Bréfritari: Sigríður Pálsdóttir
Viðtakandi: Páll Pálsson
Dagsetning: A-1822-01-07
Skrifað á: Hallfreðarstöðum  N-Múl.
Páll var bróðir Sigríðar

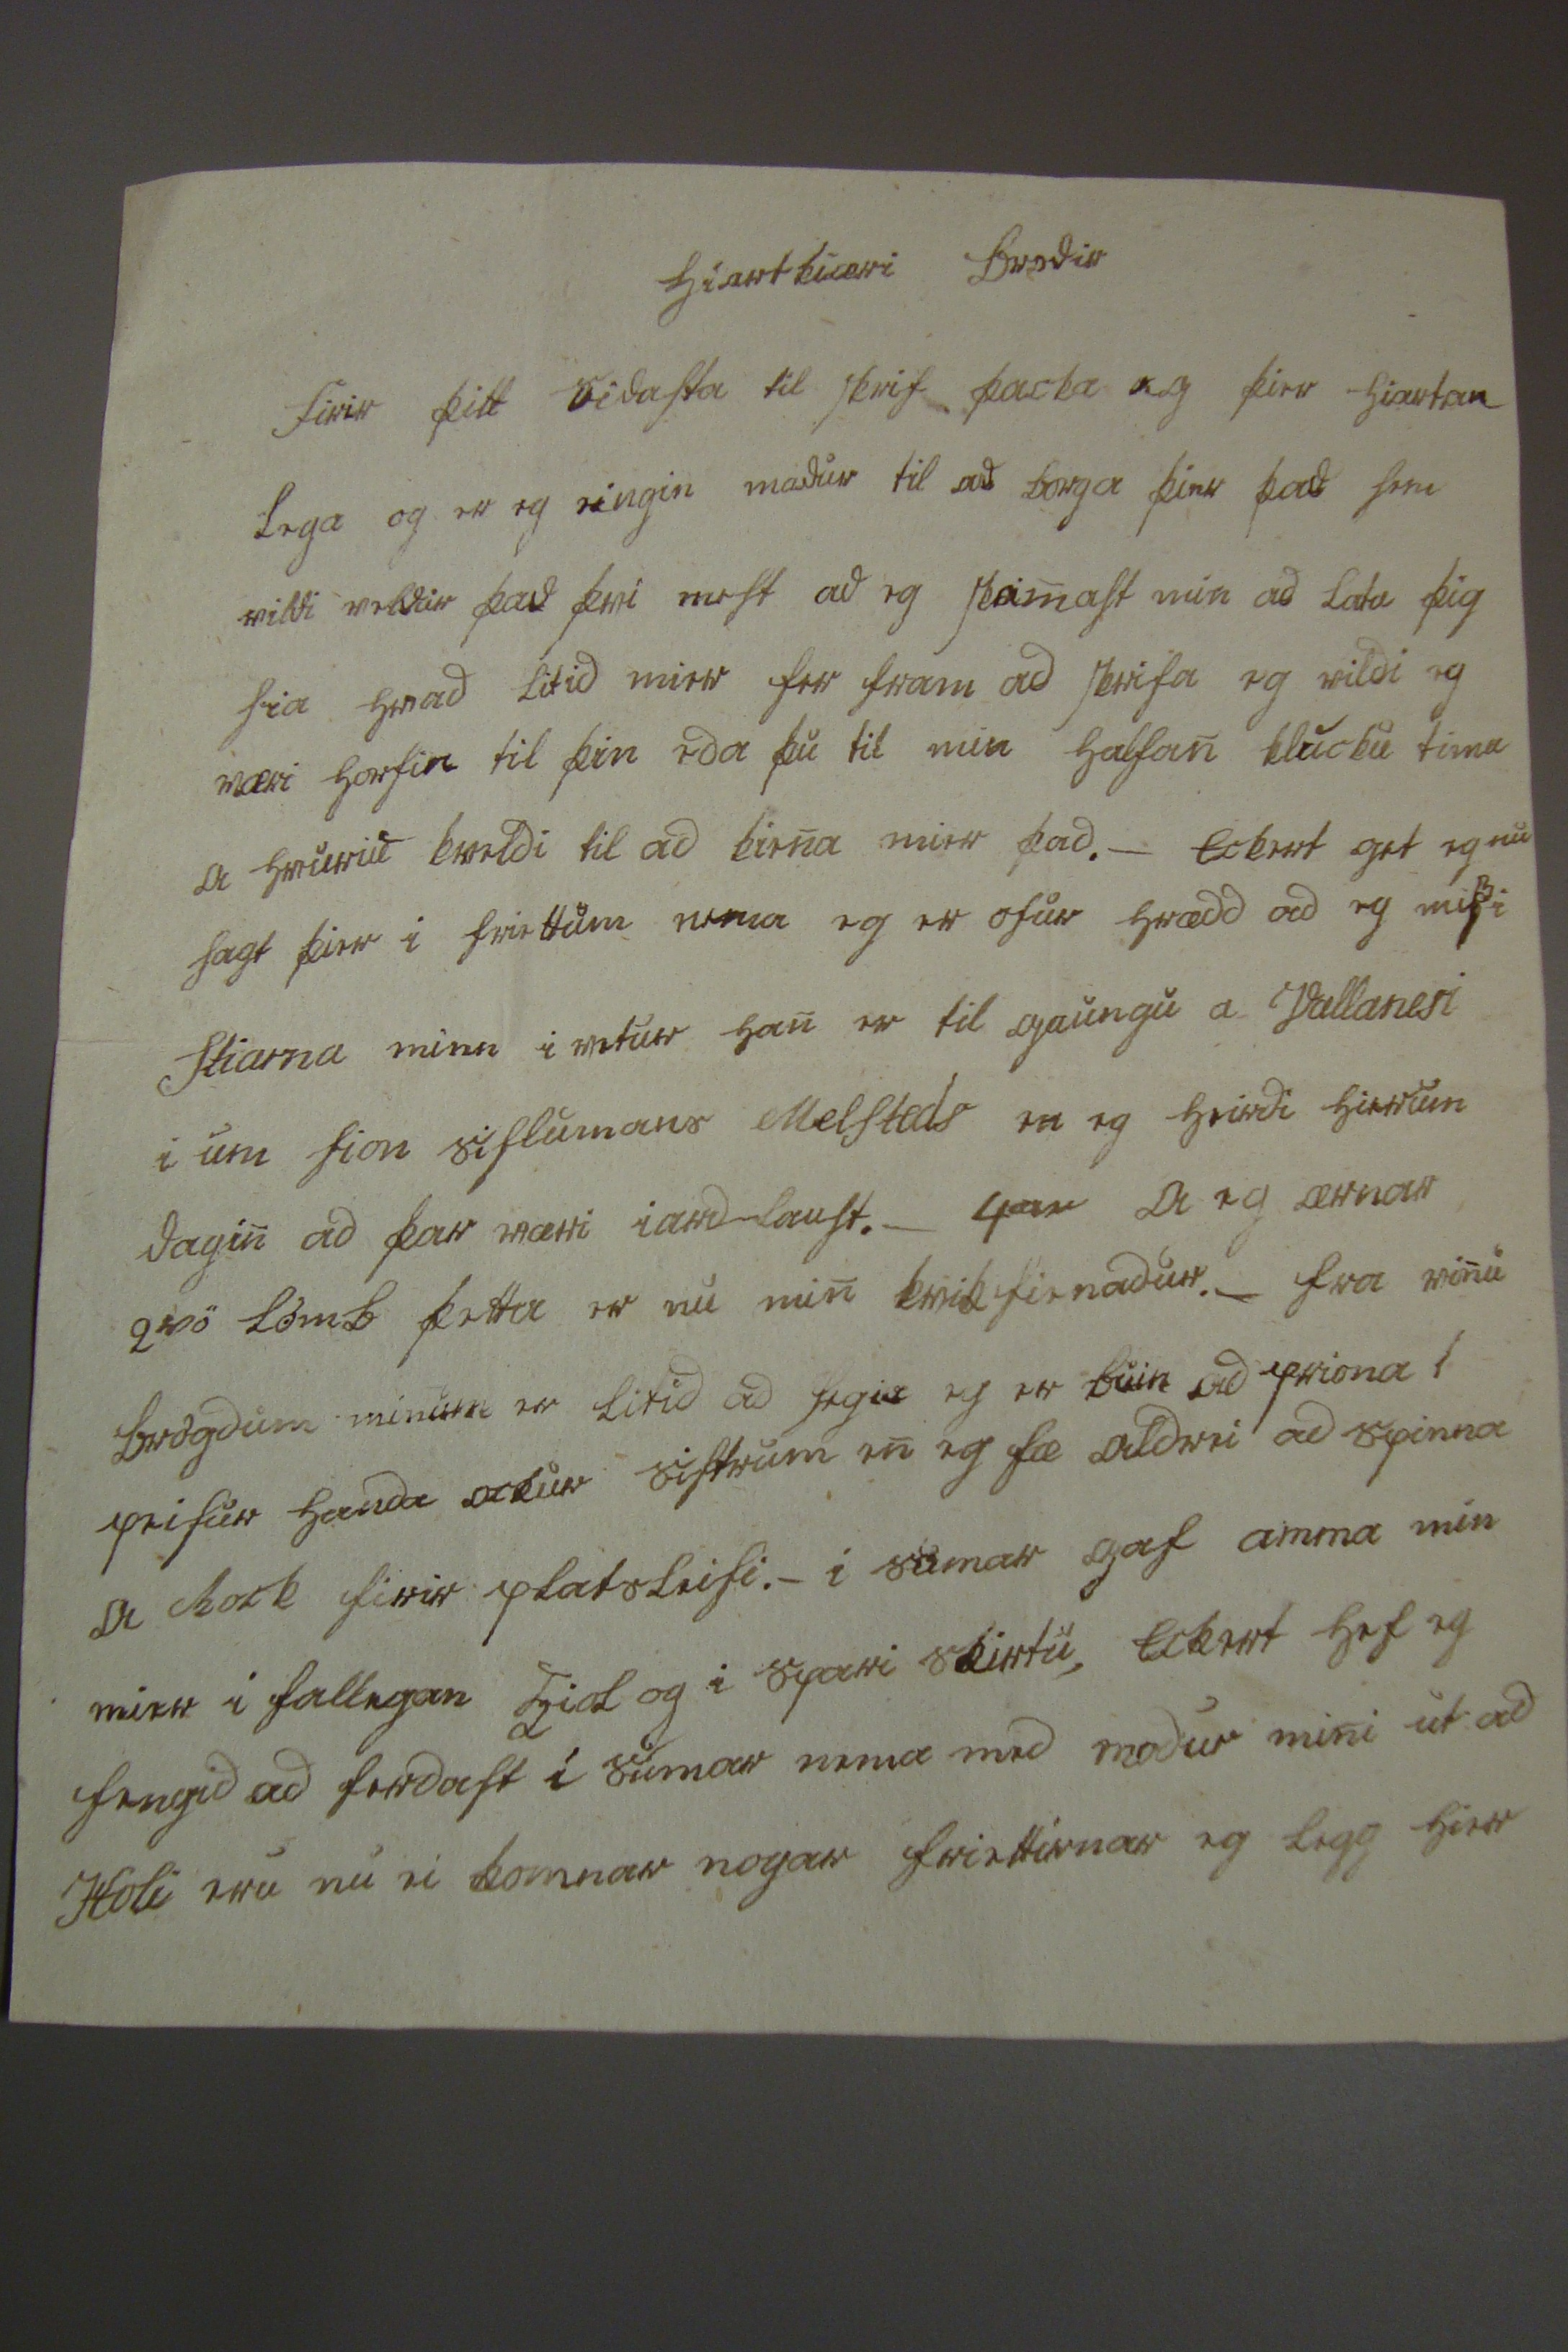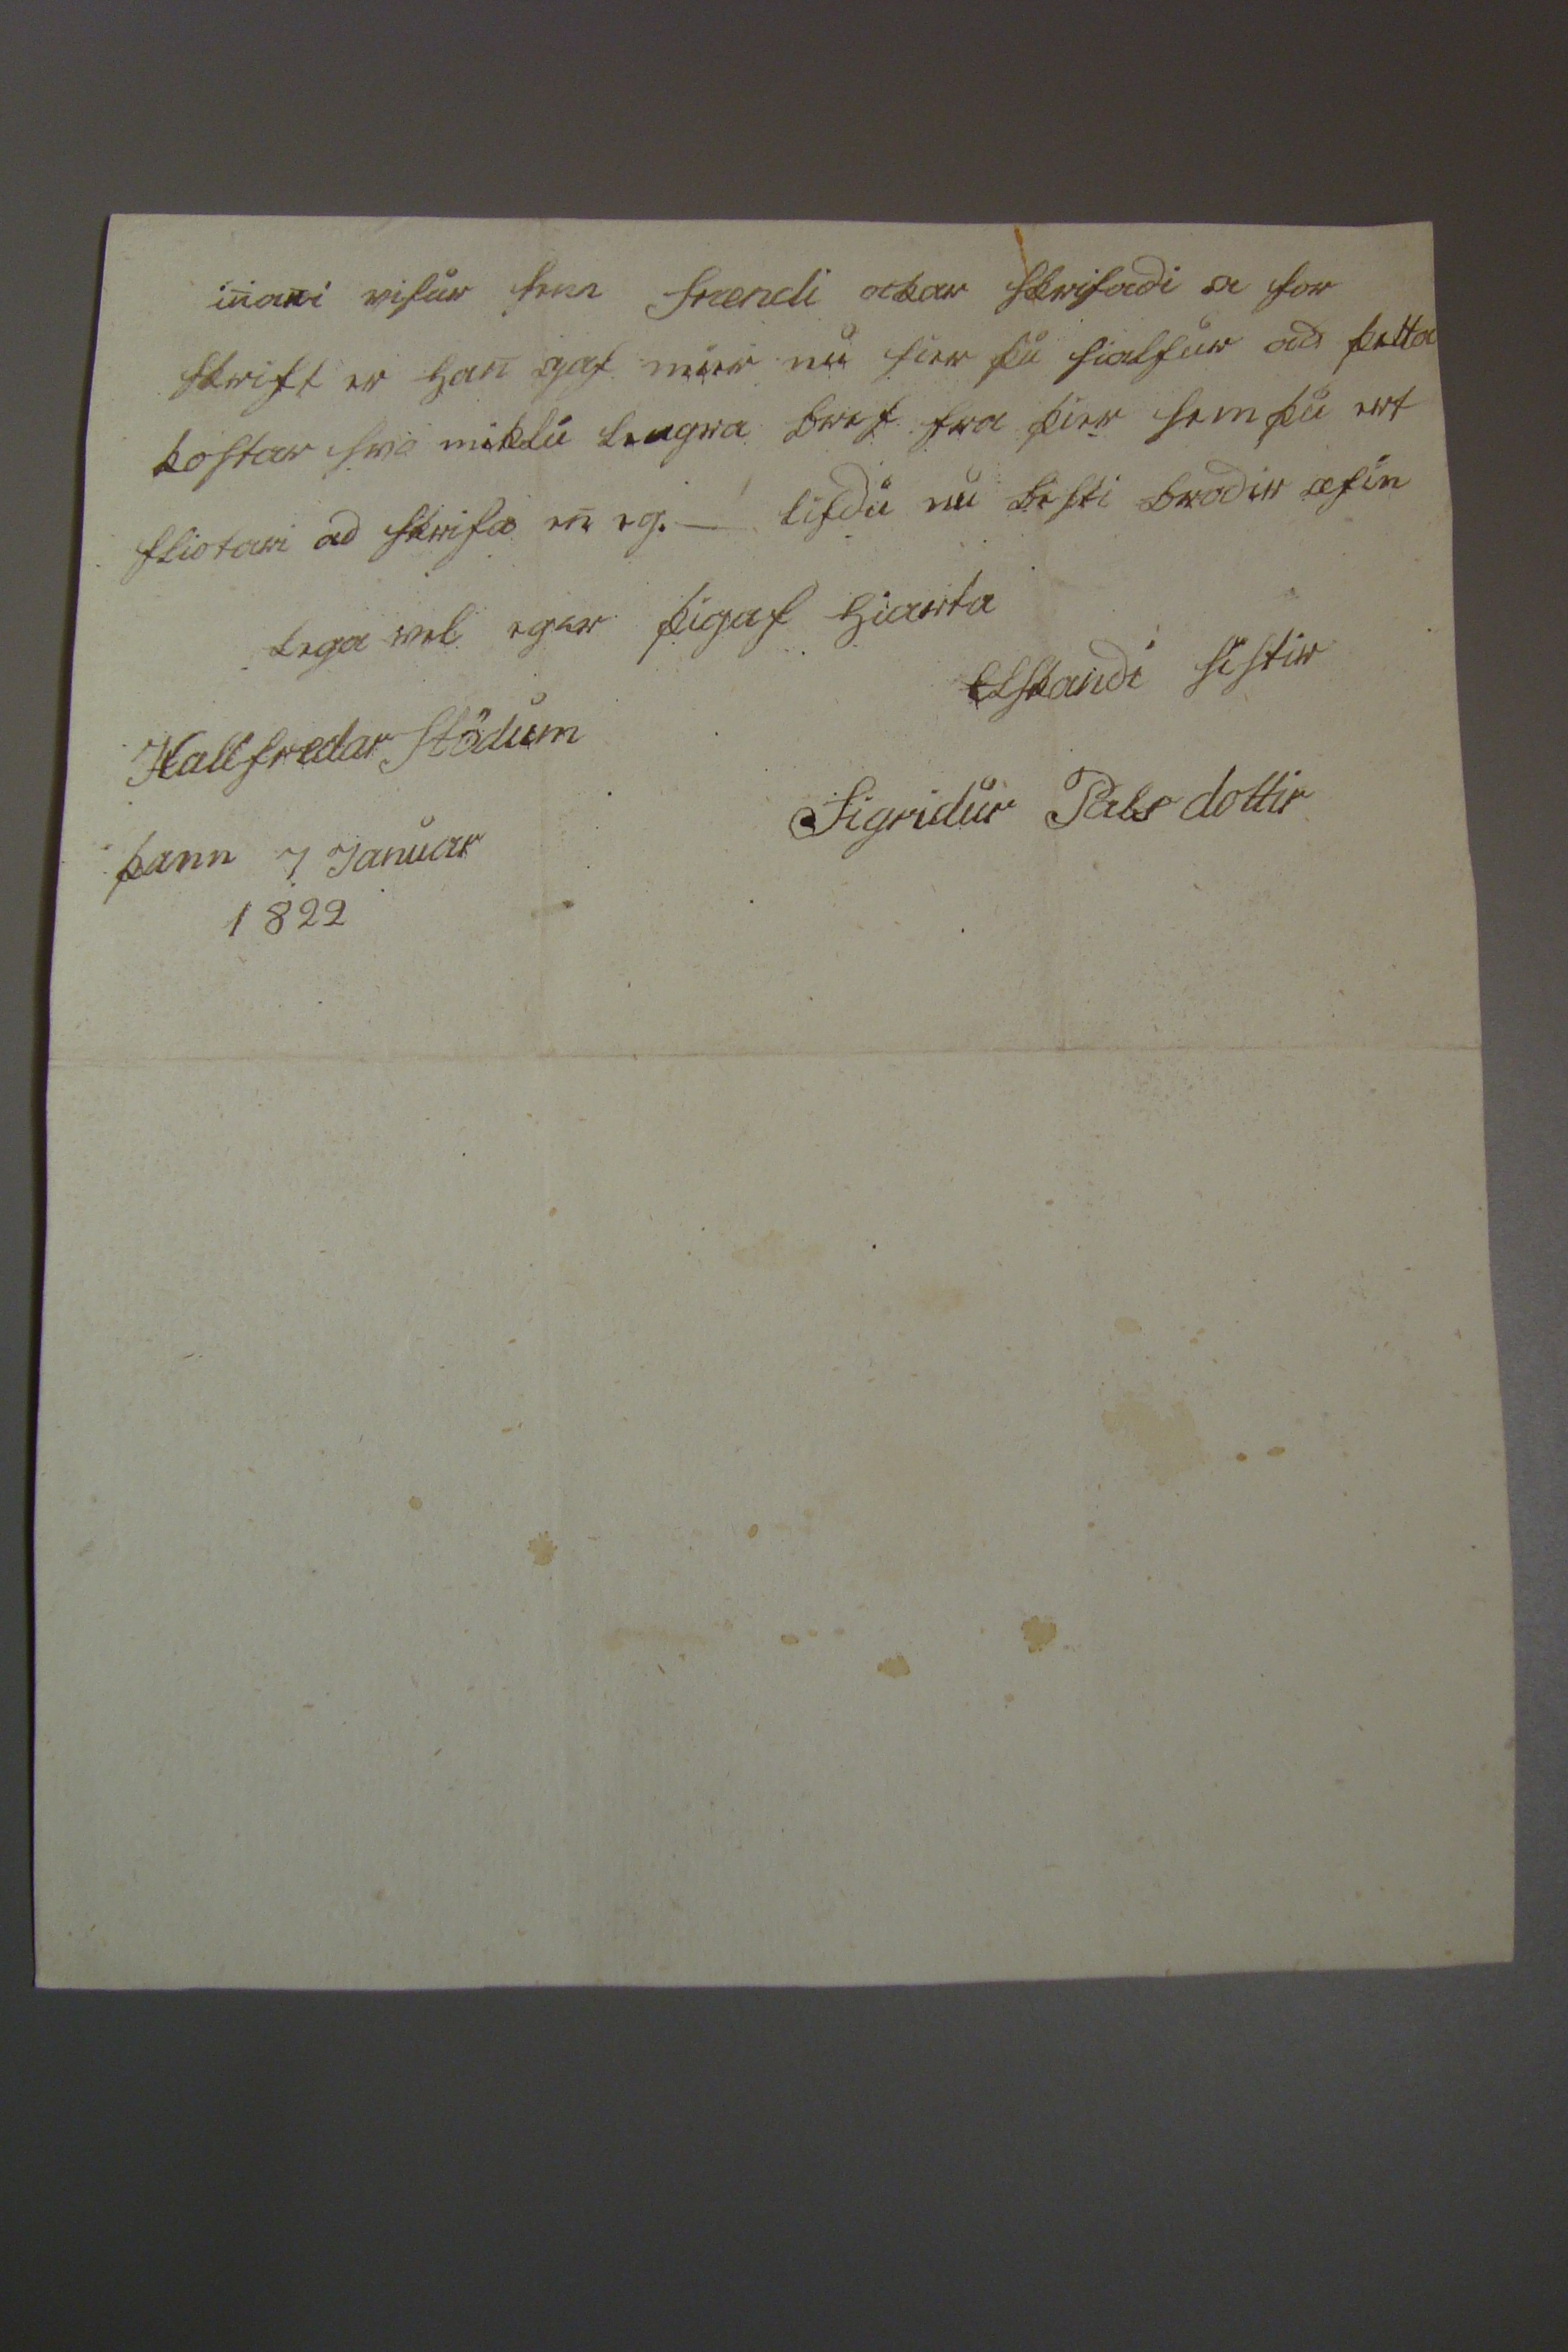

hiartkiæri brodir
firir þitt sidasta til skrif þacka eg þier hiartan lega og er eg eingin madur til ad borga þier þad sem vildi veldr þad þvi mest ad eg skamast min ad lata þig sia hvad litid mier fer fram ad skrifa eg vildi eg væri horfin til þin eda þu til min halfan klucku tima a hvuriu kvoldi til ad kena mier það. _ eckert get eg nu sagt þier i friettum nema eg er ofur hrædd ad eg missi Stiarna minn i vetur han er til gaungu a Vallanesi i um sion sislumans Melsteds en eg heirdi
hier um
dagin ad þar væri iard laust. _ 4
ar
a eg ærnar og tvö lömb þetta er nu min kvikfienadur. _ fra vinu brögdum minum er litid ad segia eg er buin ad priona 1 peisur handa ockur sistrum en eg fæ aldrei ad spinna a rock firir platsleisi. _ i sumar gaf amma min mier i fallegan kiol og spari skirtu, eckert hef eg fengid ad ferdast i sumar nema med modur mini ut ad Holi eru nu ei komnar nogar friettirnar eg legg hier
inani visur sem frændi ockar skrifadi a for skrift er han gaf mier nu sier þu sialfur ad þetta kostar svo miklu lengra bref fra þier sem þu ert fliotari ad skrifa en eg. _ lifdu nu besti brodir æfin lega vel eg er þig af hiarta elskandi sistir
Sigridur Pálsdottir
Hallfredarstödum þann 7 Januar 1822